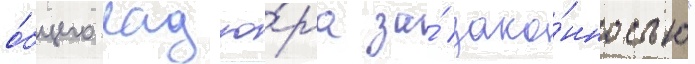
о́бщего надзо́ра за́ зако́нностью"